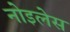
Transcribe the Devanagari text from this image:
नोइलेस